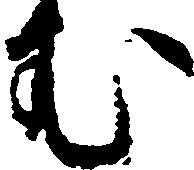
む